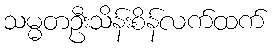
သမ္မတဦးသိန်းစိန်လက်ထက်